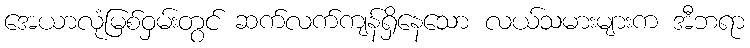
အေယာလုံမြစ်ဝှမ်းတွင် ဆက်လက်ကျန်ရှိနေသော လယ်သမားများက အီဘရာ